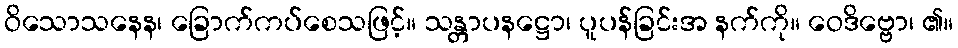
ဝိသောသနေန၊ ခြောက်ကပ်စေသဖြင့်။ သန္တာပနဋ္ဌော၊ ပူပန်ခြင်းအ နက်ကို။ ဝေဒိဗ္ဗော၊ ၏။